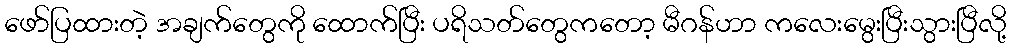
ဖော်ပြထားတဲ့ အချက်တွေကို ထောက်ပြီး ပရိသတ်တွေကတော့ မီဂန်ဟာ ကလေးမွေးပြီးသွားပြီလို့